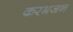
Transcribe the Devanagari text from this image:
करभजन